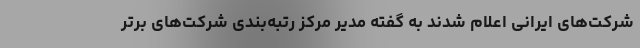
شرکت‌های ایرانی اعلام شدند به گفته مدیر مرکز رتبه‌بندی شرکت‌های برتر